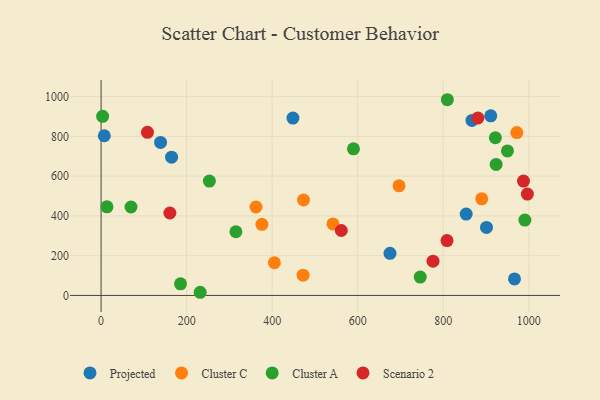
{"axis": {"x": "Price", "y": "Exam Score"}, "legend": ["Cluster A", "Cluster C", "Projected", "Scenario 2"], "data": [{"x": "901.1", "y": 342.2, "type": "Projected"}, {"x": "164.8", "y": 695.5, "type": "Projected"}, {"x": "675.5", "y": 212.0, "type": "Projected"}, {"x": "139.0", "y": 769.5, "type": "Projected"}, {"x": "853.6", "y": 409.3, "type": "Projected"}, {"x": "448.6", "y": 891.9, "type": "Projected"}, {"x": "911.1", "y": 903.5, "type": "Projected"}, {"x": "966.6", "y": 82.9, "type": "Projected"}, {"x": "7.5", "y": 803.1, "type": "Projected"}, {"x": "867.1", "y": 880.0, "type": "Projected"}, {"x": "972.0", "y": 819.0, "type": "Cluster C"}, {"x": "405.2", "y": 164.3, "type": "Cluster C"}, {"x": "890.0", "y": 485.8, "type": "Cluster C"}, {"x": "472.3", "y": 101.8, "type": "Cluster C"}, {"x": "376.0", "y": 357.4, "type": "Cluster C"}, {"x": "362.2", "y": 444.7, "type": "Cluster C"}, {"x": "696.7", "y": 551.2, "type": "Cluster C"}, {"x": "473.3", "y": 480.0, "type": "Cluster C"}, {"x": "542.1", "y": 359.8, "type": "Cluster C"}, {"x": "809.6", "y": 984.3, "type": "Cluster A"}, {"x": "990.9", "y": 378.9, "type": "Cluster A"}, {"x": "746.2", "y": 92.5, "type": "Cluster A"}, {"x": "70.0", "y": 444.8, "type": "Cluster A"}, {"x": "3.6", "y": 900.7, "type": "Cluster A"}, {"x": "253.2", "y": 575.2, "type": "Cluster A"}, {"x": "13.7", "y": 445.9, "type": "Cluster A"}, {"x": "185.7", "y": 58.5, "type": "Cluster A"}, {"x": "950.1", "y": 726.6, "type": "Cluster A"}, {"x": "923.6", "y": 659.1, "type": "Cluster A"}, {"x": "921.9", "y": 793.0, "type": "Cluster A"}, {"x": "590.1", "y": 737.4, "type": "Cluster A"}, {"x": "315.2", "y": 320.2, "type": "Cluster A"}, {"x": "231.7", "y": 15.9, "type": "Cluster A"}, {"x": "561.7", "y": 326.7, "type": "Scenario 2"}, {"x": "808.8", "y": 275.8, "type": "Scenario 2"}, {"x": "881.1", "y": 892.4, "type": "Scenario 2"}, {"x": "987.6", "y": 575.4, "type": "Scenario 2"}, {"x": "108.4", "y": 820.4, "type": "Scenario 2"}, {"x": "776.1", "y": 172.4, "type": "Scenario 2"}, {"x": "160.8", "y": 414.7, "type": "Scenario 2"}, {"x": "996.7", "y": 509.6, "type": "Scenario 2"}]}